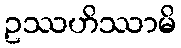
ဥဿဟိဿာမိ